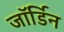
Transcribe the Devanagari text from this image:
जॉर्डिन